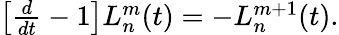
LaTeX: \begin{array}{r}{\left[\frac{d}{dt}-1\right]L_{n}^{m}(t)=-L_{n}^{m+1}(t).}\end{array}